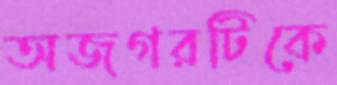
অজগরটিকে